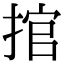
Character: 捾